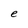
Character: e